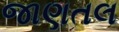
જાણતલ